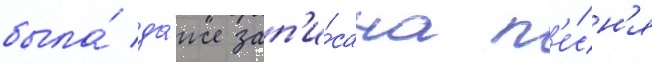
была́ да́же зап'и́сана п'е́сн'я